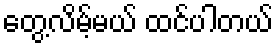
တွေ့လိမ့်မယ် ထင်ပါတယ်